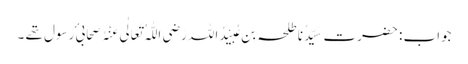
جواب : حضرتِ سَیِّدُنا طلحہ بِن عُبَیْدُاللہ رَضِیَ اللّٰہُ تَعَالٰی عَنْہُ صَحابیٔ رَسول تھے ۔